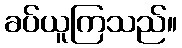
ခပ်ယူကြသည်။